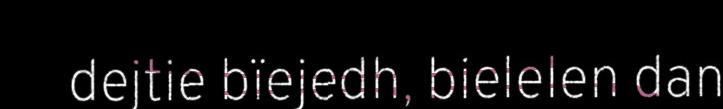
dejtie bïejedh, bielelen dan